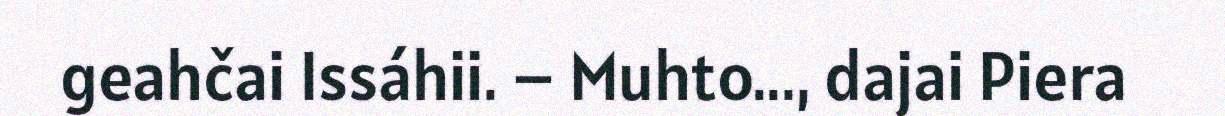
geahčai Issáhii. – Muhto..., dajai Piera